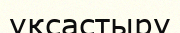
үқсастыру